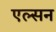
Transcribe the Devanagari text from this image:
एल्सन